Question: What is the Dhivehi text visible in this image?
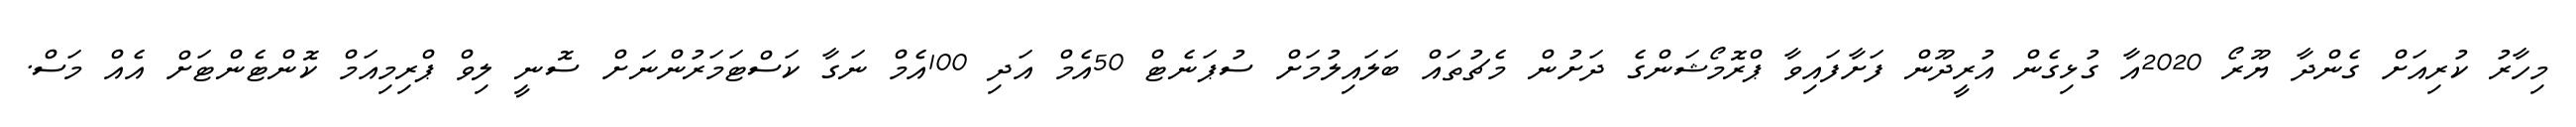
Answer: މިހާރު ކުރިއަށް ގެންދާ ޔޫރޯ 2020އާ ގުޅިގެން އުރީދޫން ފަށާފައިވާ ޕްރޮމޯޝަންގެ ދަށުން މެޗުތައް ބަލައިލުމަށް ސުޕަނެޓް 50އެމް އަދި 100އެމް ނަގާ ކަސްޓަމަރުންނަށް ސޮނީ ލިވް ޕްރިމިއަމް ކޮންޓެންޓަށް އެއް މަސް.